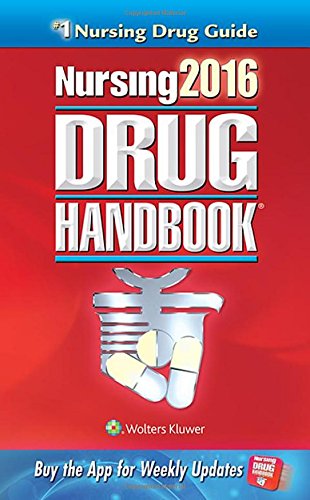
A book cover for Nursing2016 Drug Handbook (Nursing Drug Handbook); Lippincott; Medical Books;